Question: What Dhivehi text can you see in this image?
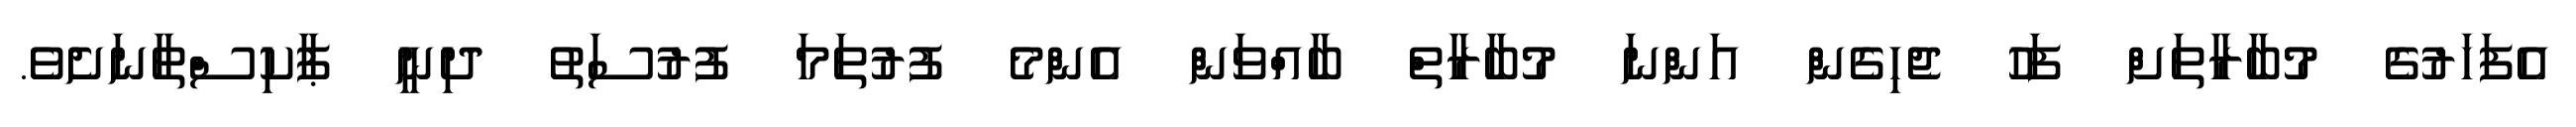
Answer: އެފަހަރުގެ މުބާރާތަށް ފަހު ޖެހިގެން އަންނަ މުބާރާތް ބާއްވަން އެންމެ ފުރުތަމަ ފުރުސަތު ދިނީ ޕާކިސްތާނަށެވެ.